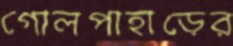
গোলপাহাড়ের